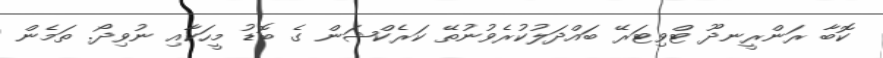
ކޮބާ ރަންރީނދޫ ޓްވިޓަރޭ ބައްދަލުކުރެވުނުތޭ ކަރެކްޝަން ގެ ބޮޑު މީހަކާއި ނުވިދޯ. ތަމެން